Annual report of the Prince of Wales Medical College, Patna
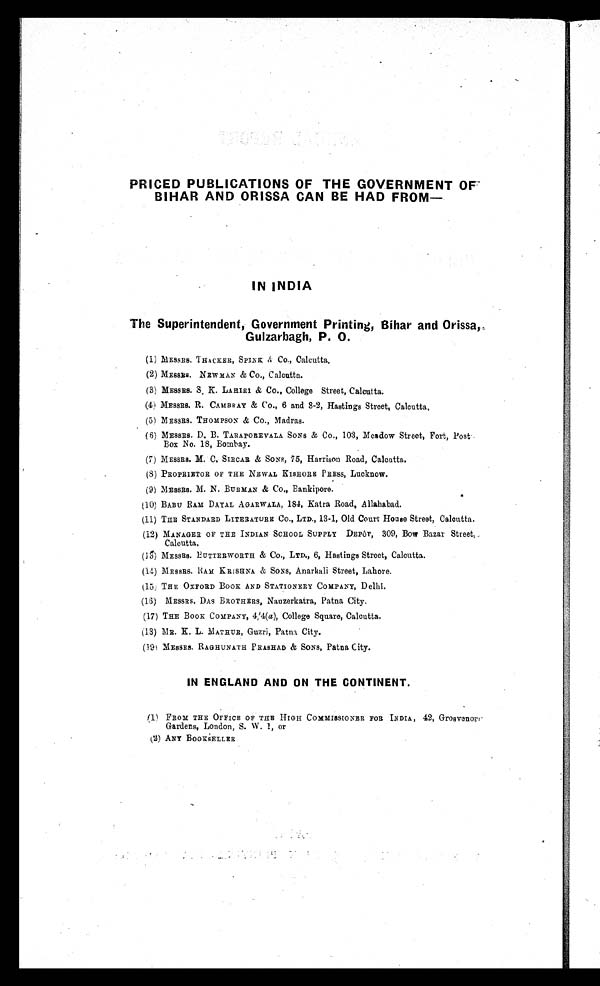
PRICED PUBLICATIONS OF THE GOVERNMENT OF
BIHAR AND ORISSA CAN BE HAD FROM
—
IN INDIA
The Superintendent, Government Printing, Bihar and Orissa,
Gulzarbagh, P. O.
(1) MESSRS. THACKER, SPINE &Co., Calcutta.
(2)MESSRS. NEWMAN &Co., Calcutta.
(3) MESSRS. S. K. LAHIRI &Co., College Street, Calcutta.
(4) MESSRS. R. CAMBRAY &Co., 6 and 8-2, Hastings Street, Calcutta,
(5) MESSRS. THOMPSON &Co., Madras.
(6) MESSRS. D. B. TARAPOREVALA SONS &Co., 103, Meadow Street, Fort, Post
Box No. 18, Bombay.
(7) MESSRS. M. C. SIRCAR & SONS, 75, Harrison Road, Calcutta.
(8) PROPRIETOR OF THE NEWAL KISHORE PRESS, Lucknow.
(9) MESSRS. M. N. BURMAN &Co., Bankipore.
(10) BABU RAM DAYAL AGARWALA, 184, Katra Road, Allahabad.
(11) THE STANDARD LITERATURE Co., LTD., 13-1, Old Court House Street, Calcutta.
(12) MANAGER OF THE INDIAN SCHOOL SUPPLY DEPOT, 309, Bow Bazar Street,
Calcutta.
(13) MESSRS. BUTTERWORTH &Co., LTD., 6, Hastings Street, Calcutta.
(14) MESSRS. RAM KRISHNA & SONS, Anarkali Street, Lahore.
(15) THE OXFORD BOOK AND STATIONERY COMPANY, Delhi.
(16) MESSRS. DAS BROTHERS, Nauzerkatra, Patna City.
(17) THE BOOK COMPANY, 4/4( a ), College Square, Calcutta.
(18) MR. K. L. MATHUR, Guzri, Patna City.
(19) MESSRS. RAGHUNATH PRASHAD & SONS, Patna City.
IN ENGLAND AND ON THE CONTINENT.
(1) FROM THE OFFICE OF THE HIGH COMMISSIONER FOR INDIA, 42, Grosvenor
Gardens, London, S. W. 1, or
(2) ANY BOOKSELLER